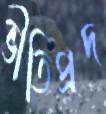
ভীতিপ্রদ